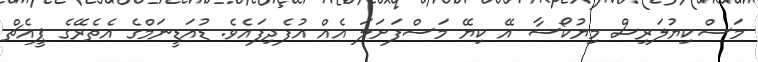
މަސްކިޔުލަރިސް މިޔުކޯސާ އޭ ކިޔޭ މަސްފަށަލަ އެއް އުފެދިފައެވެ. ޑުއަޑީނަމްގެ އެތެރޭގެ ޕީއެޗް